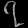
Digit: ၇